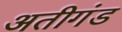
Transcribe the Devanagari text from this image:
अतीगंड